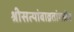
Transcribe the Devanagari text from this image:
श्रीसत्यांबाव्रतांगत्वेन